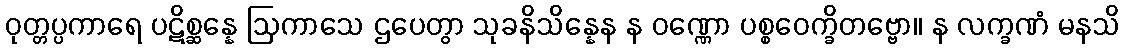
ဝုတ္တပ္ပကာရေ ပဋိစ္ဆန္နေ ဩကာသေ ဌပေတွာ သုခနိသိန္နေန န ဝဏ္ဏော ပစ္စဝေက္ခိတဗ္ဗော။ န လက္ခဏံ မနသိ